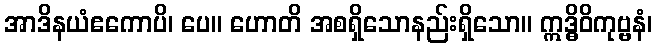
အာဒိနယံဧကောပိ၊ ပေ။ ဟောတိ အစရှိသောနည်းရှိသော။ ဣဒ္ဓိဝိကုဗ္ဗနံ၊